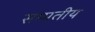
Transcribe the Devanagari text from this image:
सम्मतीय